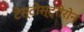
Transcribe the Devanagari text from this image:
टेस्टोस्ट्रीरोन